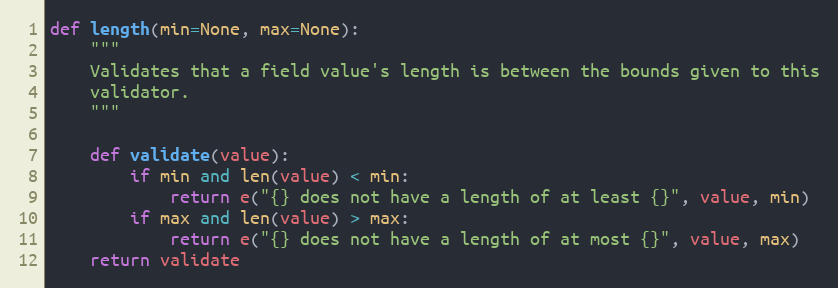
Language: Python
def length(min=None, max=None):
    """
    Validates that a field value's length is between the bounds given to this
    validator.
    """

    def validate(value):
        if min and len(value) < min:
            return e("{} does not have a length of at least {}", value, min)
        if max and len(value) > max:
            return e("{} does not have a length of at most {}", value, max)
    return validate